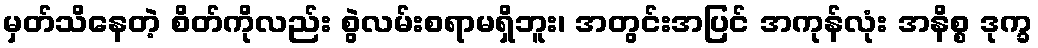
မှတ်သိနေတဲ့ စိတ်ကိုလည်း စွဲလမ်းစရာမရှိဘူး၊ အတွင်းအပြင် အကုန်လုံး အနိစ္စ ဒုက္ခ